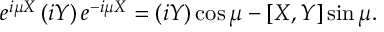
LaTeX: e ^ { i \mu X } \left( i Y \right) e ^ { - i \mu X } = \left( i Y \right) \cos { \mu } - [ X , Y ] \sin { \mu } .